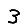
Digit: 3